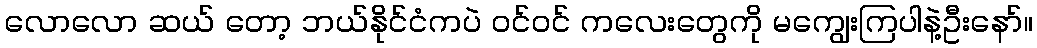
လောလော ဆယ် တော့ ဘယ်နိုင်ငံကပဲ ဝင်ဝင် ကလေးတွေကို မကျွေးကြပါနဲ့ဦးနော်။